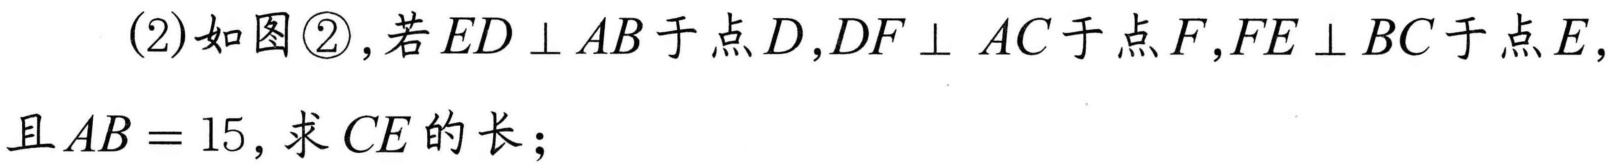
(2)如图\textcircled{2},若 \(ED\perp AB\) 于点 \(D\),\(DF\perp AC\) 于点 \(F\),\(FE\perp BC\) 于点 \(E\),
且 \(AB = 15\), 求 \(CE\) 的长；